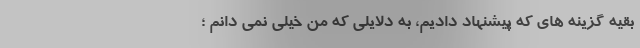
بقیه گزینه‌ های که پیشنهاد دادیم، به دلایلی که من خیلی نمی دانم ؛